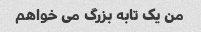
من یک تابه بزرگ می خواهم